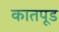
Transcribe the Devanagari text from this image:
कातपूड